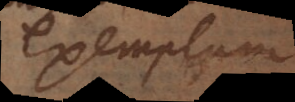
exemplum